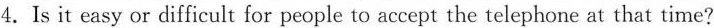
4.Is it easy or difficult for people to accept the telephone at that time?